Lunatic asylums Central Provinces reports 1886-1894 - 1886-1894
Year: 1886
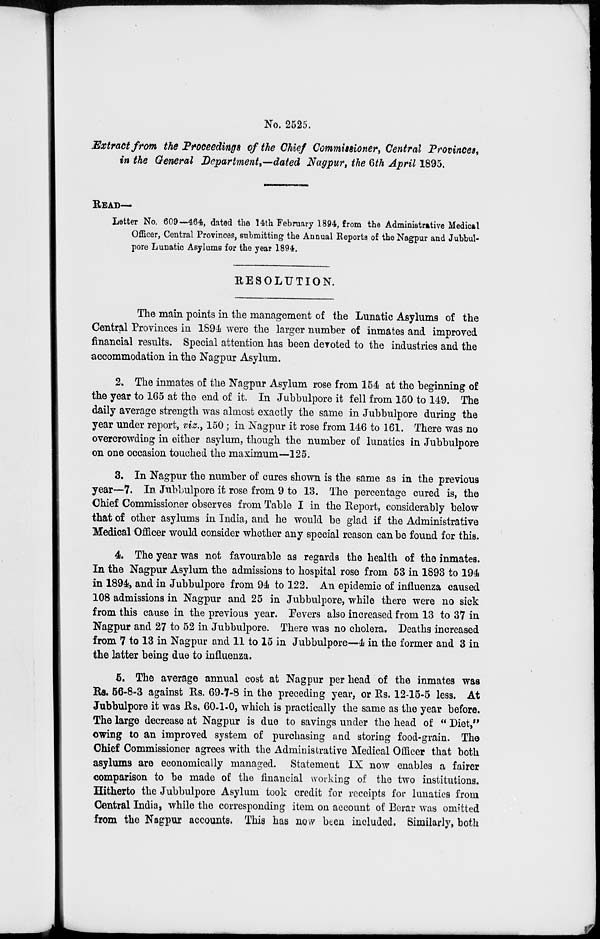
No. 2525.
Exctract from the Proceedings of the Chief Commissioner, Central Provinces,
in the General Department,—dated Nagpur, the 6th April 1895.
READ—
Letter No. 609—464, dated the 14th February 1894, from the Administrative Medical
Officer, Central Provinces, submitting the Annual Reports of the Nagpur and Jubbul-
pore Lunatic Asylums for the year 1894.
RESOLUTION.
The main points in the management of the Lunatic Asylums of the
Central Provinces in 1894 were the larger number of inmates and improved
financial results. Special attention has been devoted to the industries and the
accommodation in the Nagpur Asylum.
2. The inmates of the Nagpur Asylum rose from 154 at the beginning of
the year to 165 at the end of it. In Jubbulpore it fell from 150 to 149. The
daily average strength was almost exactly the same in Jubbulpore during the
year under report, viz., 150 ; in Nagpur it rose from 146 to 161. There was no
overcrowding in either asylum, though the number of lunatics in Jubbulpore
on one occasion touched the maximum—125.
3. In Nagpur the number of cures shown is the same as in the previous
year—7. In Jubbulpore it rose from 9 to 13. The percentage cured is, the
Chief Commissioner observes from Table I in the Report, considerably below
that of other asylums in India, and he would be glad if the Administrative
Medical Officer would consider whether any special reason can be found for this.
4. The year was not favourable as regards the health of the inmates.
In the Nagpur Asylum the admissions to hospital rose from 53 in 1893 to 194
in 1894, and in Jubbulpore from 94 to 122. An epidemic of influenza caused
108 admissions in Nagpur and 25 in Jubbulpore, while there were no sick
from this cause in the previous year. Fevers also increased from 13 to 37 in
Nagpur and 27 to 52 in Jubbulpore. There was no cholera. Deaths increased
from 7 to 13 in Nagpur and 11 to 15 in Jubbulpore—4 in the former and 3 in
the latter being due to influenza.
5. The average annual cost at Nagpur per head of the inmates was
Rs. 56-8-3 against Rs. 69-7-8 in the preceding year, or Rs. 12-15-5 less. At
Jubbulpore it was Rs. 60-1-0, which is practically the same as the year before.
The large decrease at Nagpur is due to savings under the head of " Diet,"
owing to an improved system of purchasing and storing food-grain. The
Chief Commissioner agrees with the Administrative Medical Officer that both
asylums are economically managed. Statement IX now enables a fairer
comparison to be made of the financial working of the two institutions.
Hitherto the Jubbulpore Asylum took credit for receipts for lunatics from
Central India, while the corresponding item on account of Berar was omitted
from the Nagpur accounts. This has now been included. Similarly, both